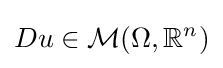
Du\in {\mathcal {M}}(\Omega ,\mathbb {R} ^{n})